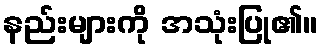
နည်းများကို အသုံးပြု၏။